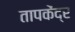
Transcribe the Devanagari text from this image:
तापकेंद्र